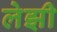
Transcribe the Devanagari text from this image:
लेझी